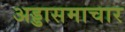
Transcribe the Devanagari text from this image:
अड्डासमाचार